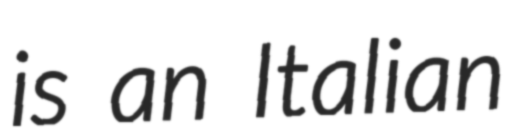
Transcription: is an Italian